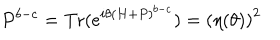
P ^ { b - c } = \mathrm { T r } ( e ^ { i \theta ( H + P ) ^ { b - c } } ) = \left( \eta ( \theta ) \right) ^ { 2 }